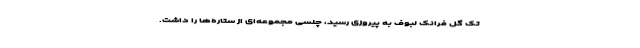
تک گل فرانک لبوف به پیروزی رسید، چلسی مجموعه‌ای از ستاره‌ها را داشت.